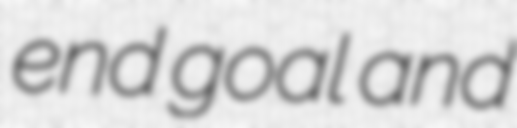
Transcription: end goal and